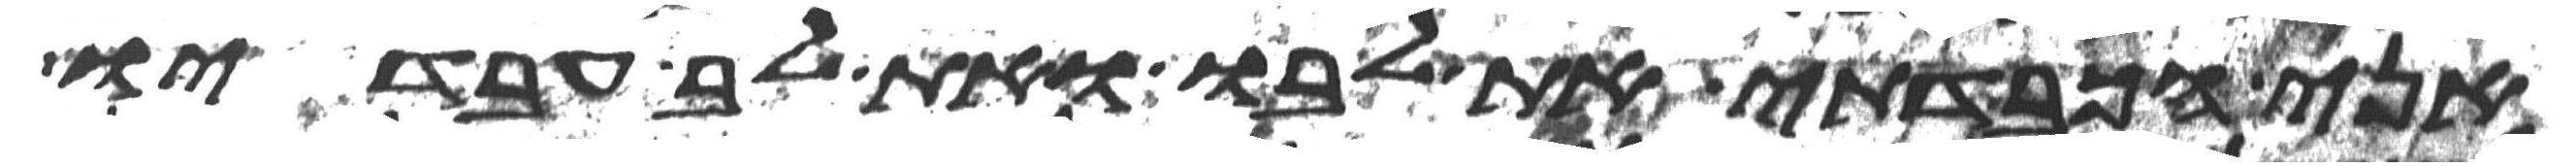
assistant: אני הכבדתי את לבו ואת לב עבדיו